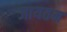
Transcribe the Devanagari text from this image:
जायतन